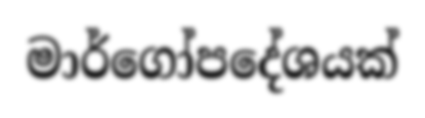
මාර්ගෝපදේශයක්